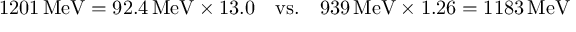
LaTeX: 1 2 0 1 \, \mathrm { M e V } = 9 2 . 4 \, \mathrm { M e V } \times 1 3 . 0 \quad \mathrm { v s . } \quad 9 3 9 \, \mathrm { M e V } \times 1 . 2 6 = 1 1 8 3 \, \mathrm { M e V }